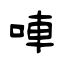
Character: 唓